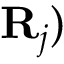
{ \bf { R } } _ { j } )